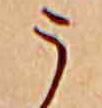
う